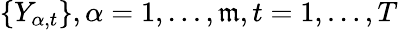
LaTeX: \{ Y_{\alpha,t}\} ,\alpha=1,\ldots,\mathfrak{m},t=1,\ldots,T